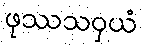
ဖုဿသဝှယံ